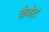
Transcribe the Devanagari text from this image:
कैबेट